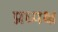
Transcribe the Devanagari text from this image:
प्रध्यक्ष